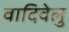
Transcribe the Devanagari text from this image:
वादिवेलु